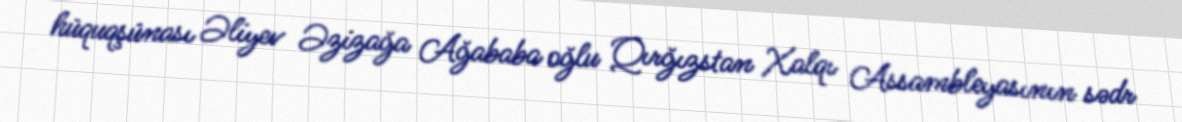
hüquqşünası Əliyev Əzizağa Ağababa oğlu Qırğızstan Xalqı Assambleyasının sədr